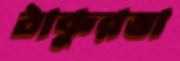
ঠাকুরতা